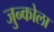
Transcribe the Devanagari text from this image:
जुन्कोला